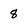
Character: 8